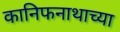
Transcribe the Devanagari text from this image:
कानिफनाथाच्या